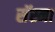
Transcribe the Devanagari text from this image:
सॅस्ना